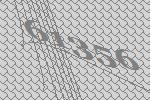
61356